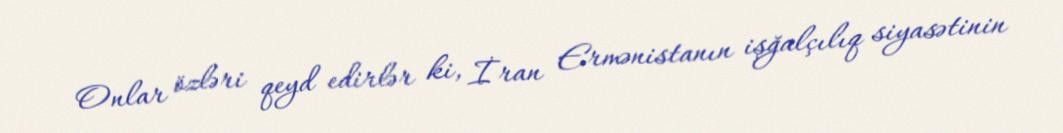
Onlar özləri qeyd edirlər ki, İran Ermənistanın işğalçılıq siyasətinin